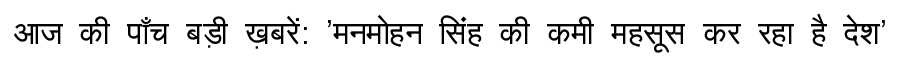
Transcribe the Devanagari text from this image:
आज की पाँच बड़ी ख़बरें: 'मनमोहन सिंह की कमी महसूस कर रहा है देश'